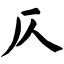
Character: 仄